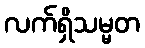
လက်ရှိသမ္မတ